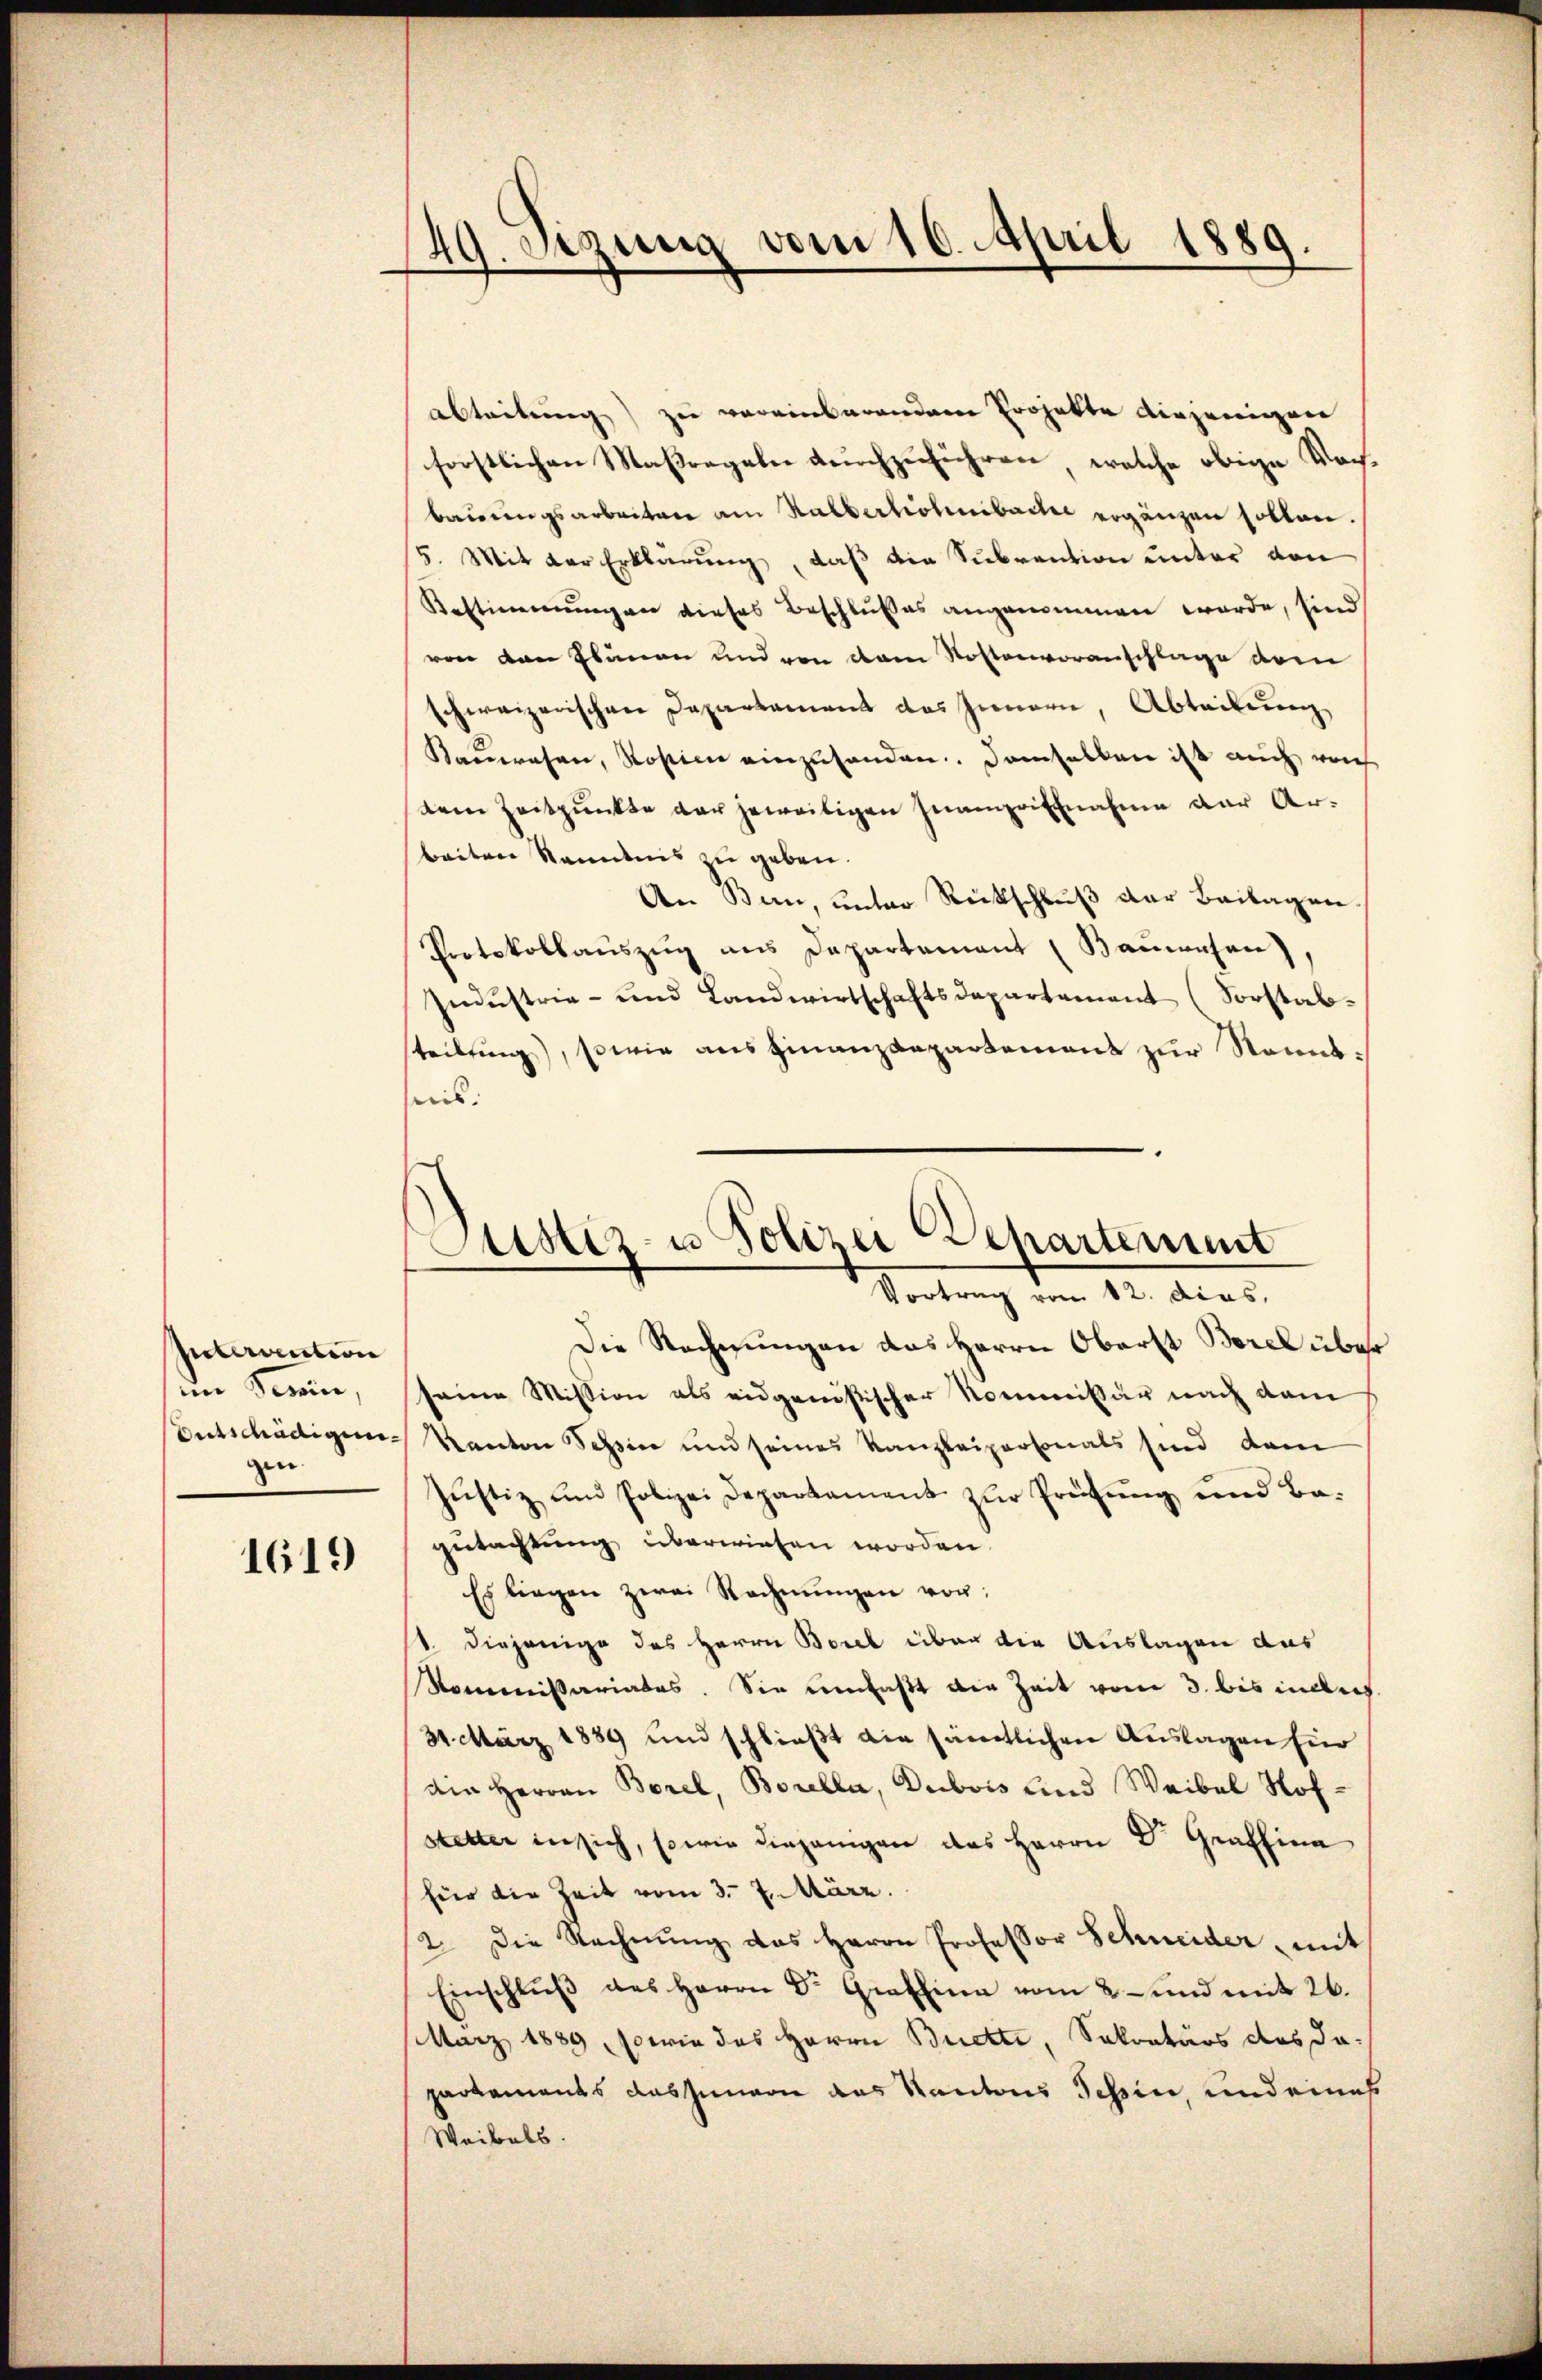
Intervention
im Semin,
gen.

1619

49. Setzung vom 10. April 1889.

¬
Stistiz- u Polizei Separtement
Vortrag vom 12. dcas.

abtretung) zu vereinbarendem Projekte diejenigenen
forstlichen Maßregeln durchzuführen, welche obige Vorbauungsarbeiten am Halbertionibache ergänzen sollen.
15. Mit der Erklärŭng, daβ die Subvention unter von
Bestimmungen dieses Beschlußes angenommen werde, sind
ven den Planen und von dem Rostenvoranschlage vom
schweizerischen Departament des Innern, Abteilung
Kauerasen, Rostien einzuhanden. Demselben ist auch rech
Dem Zeitpunkte der jeweiligen Inangriffnahme der Arbeiten kanntnis zu geben.
An Bern, unter Rückschluß der Beilagen
Protokollaŭszŭg ans Departement (Bauwesen,
Industrie- und Landwirtschaftsdepartement (Sorstabsteilung), sowie ausfinanzdepartement zur Stannt:
preis:
Die Rechnungen das Herrn Oberst Borel über
seine Mission als eidgenößischer Nommissär nach dem
Entschädigen Kanton Tessin und seines Kanzleipersonals sind dam
Jŭstiz und Polizei Departament zŭr Prüfŭng und Ba-
gutachtung überwiesen worden.
Es liegen zwei Rechnŭngen von:
1. Diejenige des Herrn Borel über die Auslagen aus
Kommissariates. Sie umfaßt die Zeit vom 3. bis inder
31. März 1889 und schließt die sämtlichen Auslagen für
die Herren Borel, Borella, Dubois und Waibel Hofstetter insich, sowie diejenigen des Herrn Dr. Graffina
für die Zeit vom 3. 7. März.
12. Die Rechnŭng das Herrn Professor Schneider mit
Einschlŭβ des Herrn Dr. Graffina vom 2. und mit 26.
März 1889 sowie das Herrn Brette, Sekretärs des daparkaments dassenern das Kantons Tessin, und eines
Weibels.